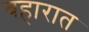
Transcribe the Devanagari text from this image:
बहारात